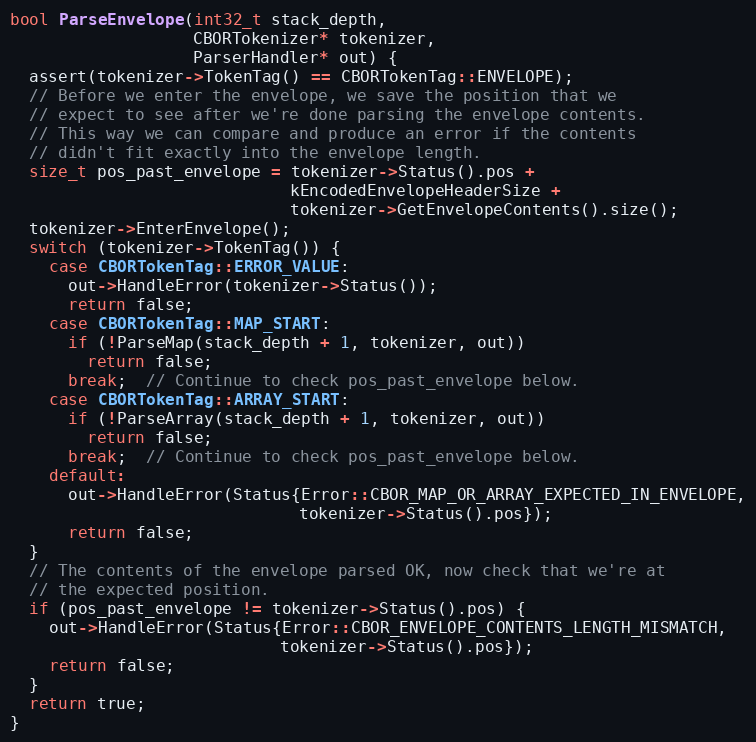
Language: C++
bool ParseEnvelope(int32_t stack_depth,
                   CBORTokenizer* tokenizer,
                   ParserHandler* out) {
  assert(tokenizer->TokenTag() == CBORTokenTag::ENVELOPE);
  // Before we enter the envelope, we save the position that we
  // expect to see after we're done parsing the envelope contents.
  // This way we can compare and produce an error if the contents
  // didn't fit exactly into the envelope length.
  size_t pos_past_envelope = tokenizer->Status().pos +
                             kEncodedEnvelopeHeaderSize +
                             tokenizer->GetEnvelopeContents().size();
  tokenizer->EnterEnvelope();
  switch (tokenizer->TokenTag()) {
    case CBORTokenTag::ERROR_VALUE:
      out->HandleError(tokenizer->Status());
      return false;
    case CBORTokenTag::MAP_START:
      if (!ParseMap(stack_depth + 1, tokenizer, out))
        return false;
      break;  // Continue to check pos_past_envelope below.
    case CBORTokenTag::ARRAY_START:
      if (!ParseArray(stack_depth + 1, tokenizer, out))
        return false;
      break;  // Continue to check pos_past_envelope below.
    default:
      out->HandleError(Status{Error::CBOR_MAP_OR_ARRAY_EXPECTED_IN_ENVELOPE,
                              tokenizer->Status().pos});
      return false;
  }
  // The contents of the envelope parsed OK, now check that we're at
  // the expected position.
  if (pos_past_envelope != tokenizer->Status().pos) {
    out->HandleError(Status{Error::CBOR_ENVELOPE_CONTENTS_LENGTH_MISMATCH,
                            tokenizer->Status().pos});
    return false;
  }
  return true;
}